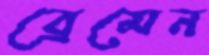
ব্রেমেন